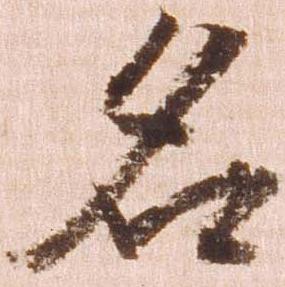
名